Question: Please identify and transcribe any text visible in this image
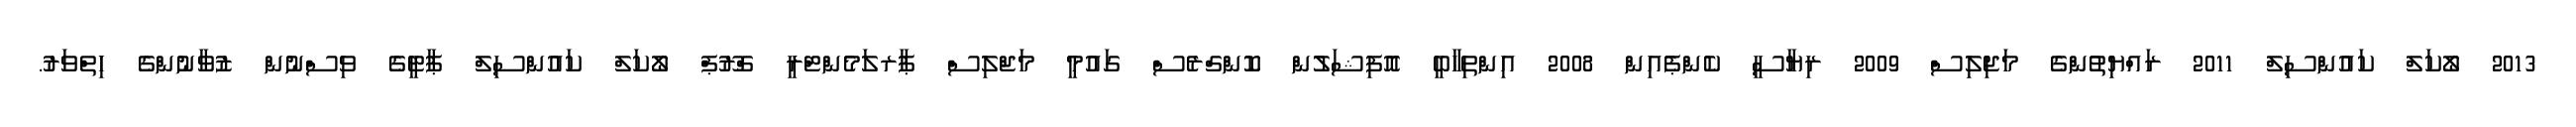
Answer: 2013 ލޯކަލް ކައުންސިލް 2011 ރައްޔިތުންގެ މަޖިލިސް 2009 ރިޔާސީ ކެންޕެއިން 2008 އިންތިހާބީ އޮފިޝަލުން ކޮންގްރެސް ގައުމީ މަޖްލިސް ޕާރލަމެންޓްރީ ގްރޫޕް ލޯކަލް ކައުންސިލް ޕާޓީގެ ވިސްނުން ޒުވާނުންގެ ހިތްވަރު.